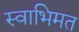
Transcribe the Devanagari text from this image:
स्वाभिमत